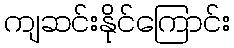
ကျဆင်းနိုင်ကြောင်း